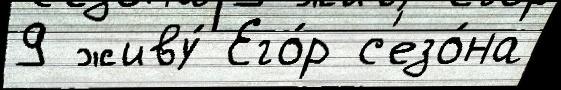
9 живу́ Его́р с'езо́на